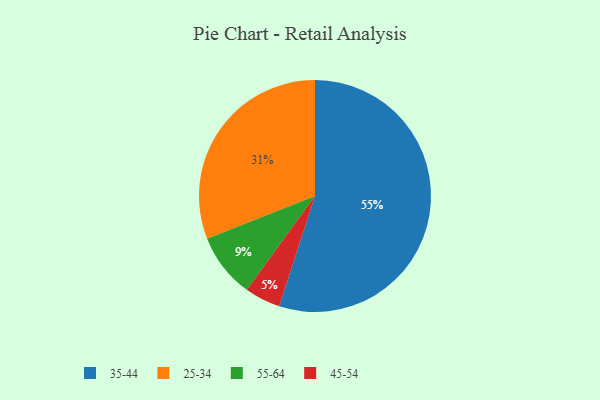
{"axis": {"x": "Category", "y": "Percentage"}, "legend": ["25-34", "35-44", "45-54", "55-64"], "data": [{"x": "45-54", "y": 5, "type": "45-54"}, {"x": "25-34", "y": 31, "type": "25-34"}, {"x": "55-64", "y": 9, "type": "55-64"}, {"x": "35-44", "y": 55, "type": "35-44"}]}